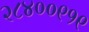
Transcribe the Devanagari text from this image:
२८४००९१९